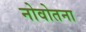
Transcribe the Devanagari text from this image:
नोवोतना